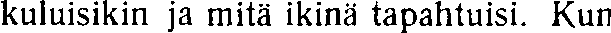
kuluisikin ja mitä ikinä tapahtuisi. Kun